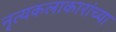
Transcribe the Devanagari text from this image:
नृत्यकलाकारांच्या